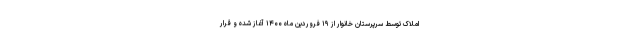
املاک توسط سرپرستان خانوار از ۱۹ فروردین ماه ۱۴۰۰ آغاز شده و قرار